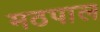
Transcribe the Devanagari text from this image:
मठपाल